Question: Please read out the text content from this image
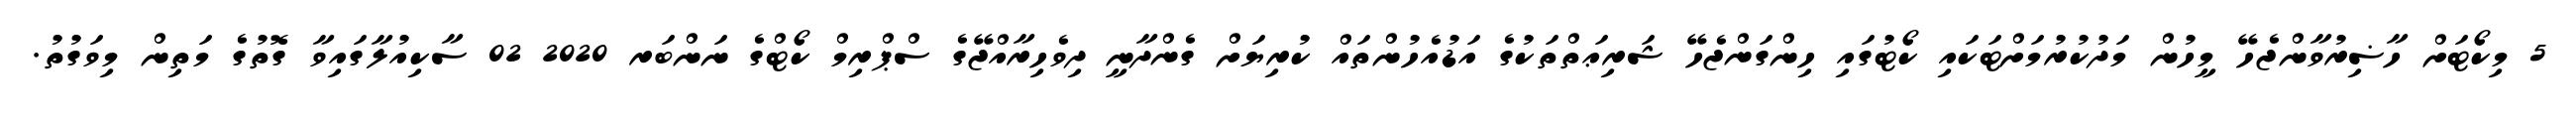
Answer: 5 މިކޯޓަށް ހާޟިރުވާންޖެހޭ މީހުން މަދުކުރުމަށްޓަކައި ކޯޓުގައި ހިންގަންޖެހޭ ޝަރިޢަތްތަކުގެ އަޑުއެހުންތައް ކުރިޔަށް ގެންދާނީ ދިވެހިރާއްޖޭގެ ސްޕްރިމް ކޯޓްގެ ނަންބަރ 2020 02 ސާކިއުލާގައިވާ ގޮތުގެ މަތިން މިވަގުތު.